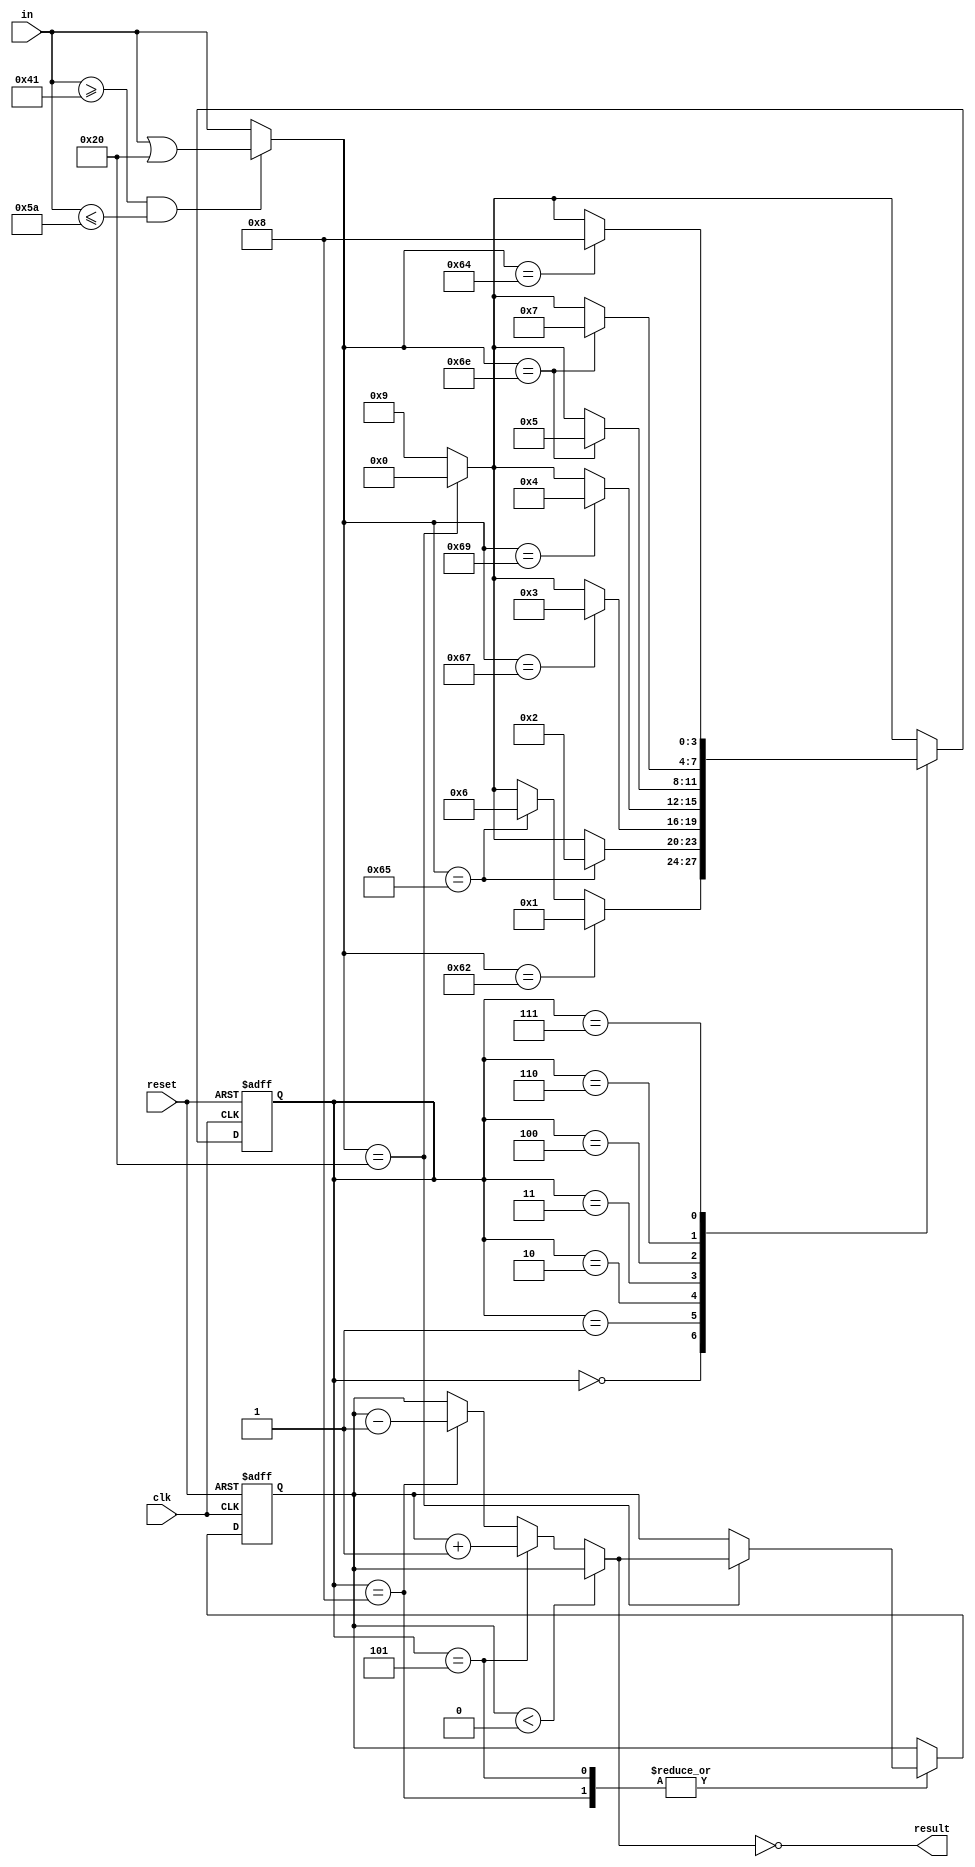
module BlockChecker(
	input clk,
	input reset,
	input [7:0] in,
	output result
);
	wire is_upper = in >= "A" && in <= "Z";
	wire [7:0] in_lower = is_upper ? in | 8'h20 : in;
	reg [3:0] state;
	reg [31:0] depth;
	wire [31:0] new_dpeth = $signed(depth) < 0 ? depth : state == 5 ? $signed(depth) + 1 : state == 8 ? $signed(depth) - 1 : depth;
	assign result = new_dpeth == 0;

	always @(posedge clk, posedge reset) begin
		if (reset) begin
			state <= 0;
			depth <= 0;
		end else begin
			case (state)
			0:
				if (in_lower == "b") state <= 1;
				else if (in_lower == "e") state <= 6;
				else if (in_lower == " ") state <= 0;
				else state <= 9;
			1:
				if (in_lower == "e") state <= 2;
				else if (in_lower == " ") state <= 0;
				else state <= 9;
			2:
				if (in_lower == "g") state <= 3;
				else if (in_lower == " ") state <= 0;
				else state <= 9;
			3:
				if (in_lower == "i") state <= 4;
				else if (in_lower == " ") state <= 0;
				else state <= 9;
			4:
				if (in_lower == "n") state <= 5;
				else if (in_lower == " ") state <= 0;
				else state <= 9;
			5:
				if (in_lower == " ") begin
					depth <= new_dpeth;
					state <= 0;
				end else state <= 9;
			6:
				if (in_lower == "n") state <= 7;
				else if (in_lower == " ") state <= 0;
				else state <= 9;
			7:
				if (in_lower == "d") state <= 8;
				else if (in_lower == " ") state <= 0;
				else state <= 9;
			8:
				if (in_lower == " ") begin
					depth <= new_dpeth;
					state <= 0;
				end else state <= 9;
			default:
				if (in_lower == " ") state <= 0;
				else state <= 9;
			endcase
		end
	end
endmodule

module BlockChecker_test();
	reg clk = 0, reset;
	reg [7:0] in;
	wire result;

	BlockChecker uut(clk, reset, in, result);

	always #5 clk = ~clk;

	localparam DATA_LEN = 10;
	wire [(DATA_LEN << 3) - 1 : 0] input_data = "bEgIn EnD ";

	integer i;
	initial begin
`ifdef DUMPFILE
		$dumpfile(`DUMPFILE);
		$dumpvars(0, BlockChecker_test);
`endif
		reset = 1;
		#10;
		reset = 0;
		for (i = DATA_LEN - 1; i >= 0; i = i - 1) begin
			in = input_data[i << 3 +: 8];
			#10;
		end
		#50;
		$finish();
	end
endmodule